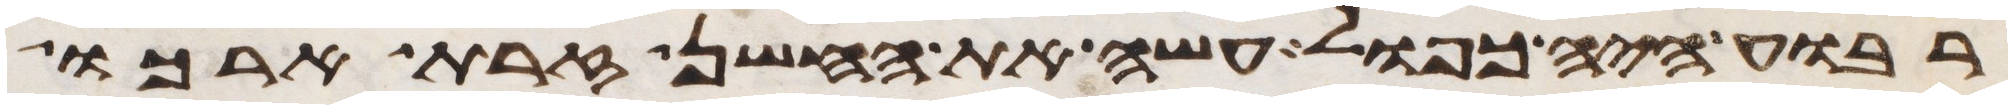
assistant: רבוע היה כפול עשה את החשן זרת ארכו